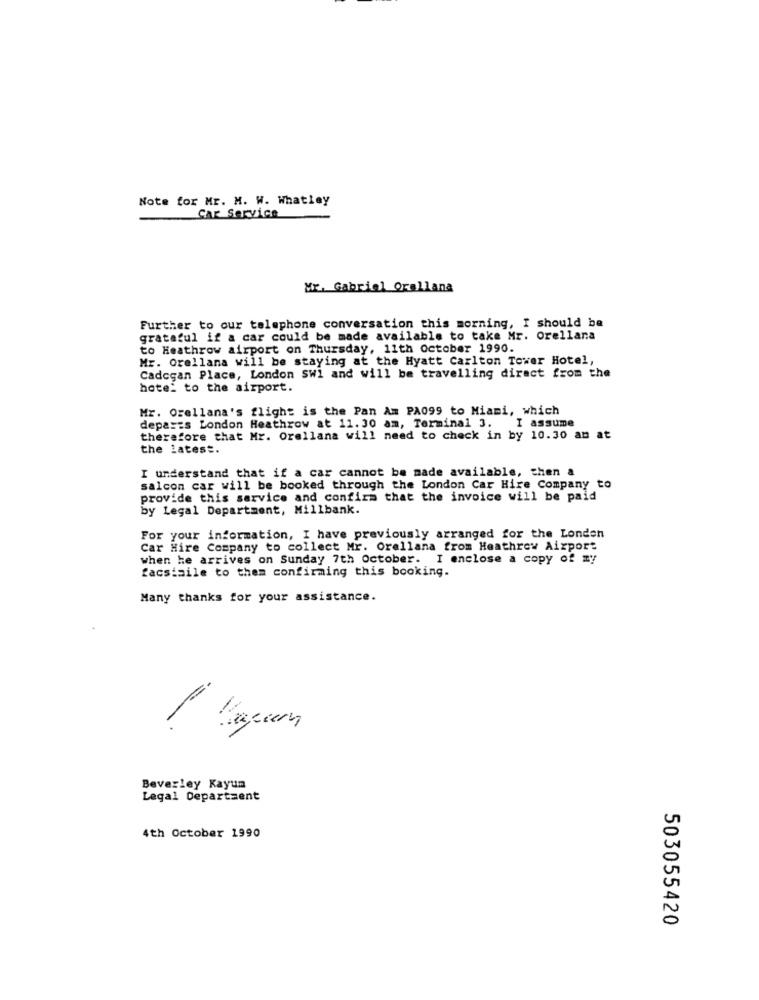
Note for Mr. M. W. Whatley
Car Service
Mr. Gabriel Orallana
Further to our telephone conversation this morning, I should be
grateful if a car could be made available to take Mr. Orellana
to Heathrow airport on Thursday, 11th October 1990.
Mr. Orellana will be staying at the Hyatt Carlton Tower Hotel,
Cadogan Place, London SW1 and will be travelling direct from the
hotel to the airport.
Mr. Orellana's flight is the Pan Am PA099 to Miami, which
deparis London Heathrow at 11.30 am, Terminal 3.
I assume
therefore that Mr. Orellana will need to check in by 10.30 an at
the latest.
I understand that if a car cannot be made available, then a
salcon car will be booked through the London Car Hire Company to
provide this service and confirm that the invoice will be paid
by Legal Department, Millbank.
For your information, I have previously arranged for the Londen
Car Hire Company to collect Mr. Orellana from Heathrow Airport
when he arrives on Sunday 7th October. I enclose a copy of my
facsimile to them confirming this booking.
Many thanks for your assistance.
=
Beverley Kayun
Legal Department
4th October 1990
503055420